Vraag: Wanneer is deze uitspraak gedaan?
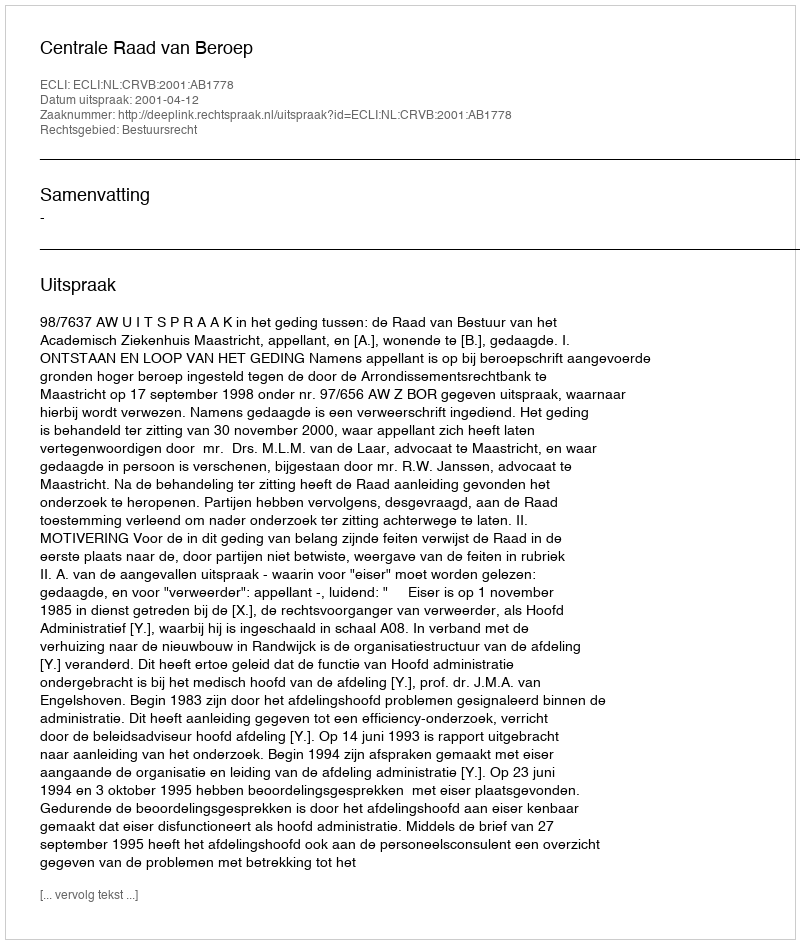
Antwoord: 2001-04-12